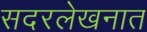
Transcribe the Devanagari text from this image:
सदरलेखनात